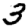
Digit: 3